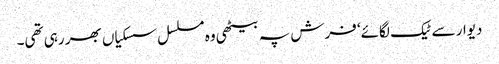
دیوار سے ٹیک لگائے‘ فرش پہ بیٹھی وہ مسلسل سسکیاں بھر رہی تھی۔